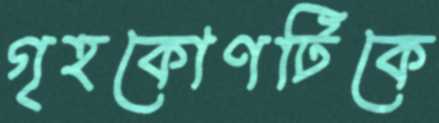
গৃহকোণটিকে